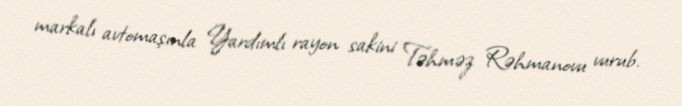
markalı avtomaşınla Yardımlı rayon sakini Təhməz Rəhmanovu vurub.